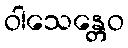
ဝါသေန္တေဝ